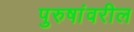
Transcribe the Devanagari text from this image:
पुरुषांवरील